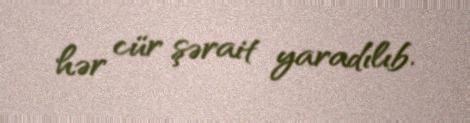
hər cür şərait yaradılıb.